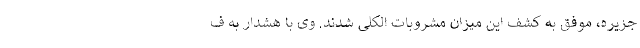
جزیره، موفق به کشف این میزان مشروبات الکلی شدند. وی با هشدار به ف